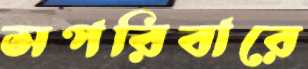
সপরিবারে